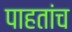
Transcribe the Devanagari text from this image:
पाहतांच